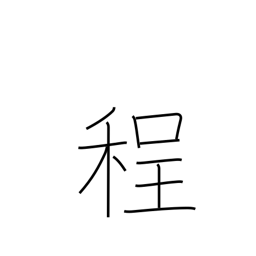
Meaning: degree